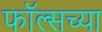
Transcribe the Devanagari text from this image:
फॉल्सच्या